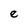
Character: e